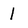
Character: 1